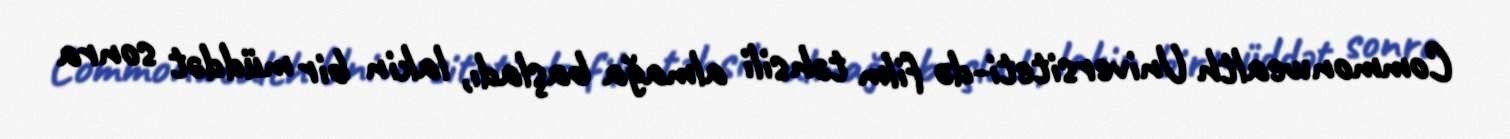
Commonwealth Universiteti-də film təhsili almağa başladı, lakin bir müddət sonra